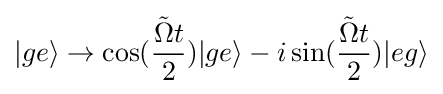
|ge\rangle \rightarrow \cos({\frac {{\tilde {\Omega }}t}{2}})|ge\rangle -i\sin({\frac {{\tilde {\Omega }}t}{2}})|eg\rangle